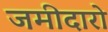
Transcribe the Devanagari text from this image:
जमीदारो